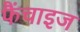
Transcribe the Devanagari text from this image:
फैंचाइज